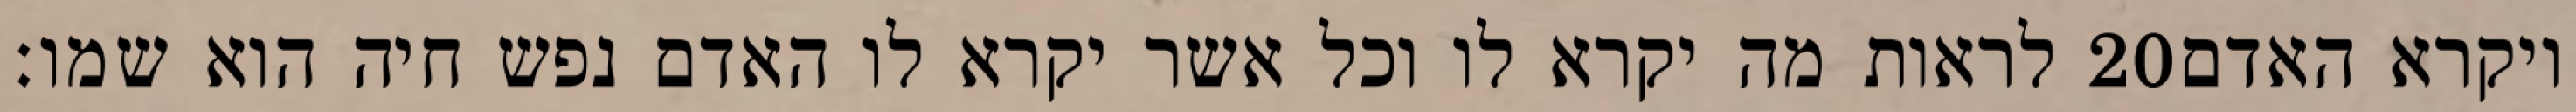
לראות מה יקרא לו וכל אשר יקרא לו האדם נפש חיה הוא שמו׃ ‎20‏ ויקרא האדם